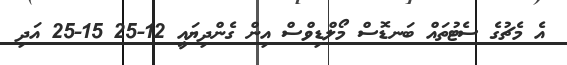
އެ މެޗުގެ ސެޓުތައް ބަނޑޮސް މޯލްޑިވްސް އިން ގެންދިޔައީ 12-25 15-25 އަދި